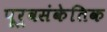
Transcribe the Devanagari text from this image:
पूर्वसंकेतिक